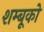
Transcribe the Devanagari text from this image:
शम्बूको